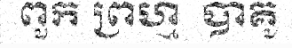
ពួក ព្រហ្ម  បាគូ